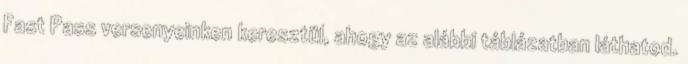
Fast Pass versenyeinken keresztül, ahogy az alábbi táblázatban láthatod.